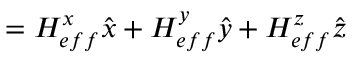
= H _ { e f f } ^ { x } \hat { x } + H _ { e f f } ^ { y } \hat { y } + H _ { e f f } ^ { z } \hat { z }